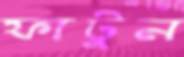
ফাটুন